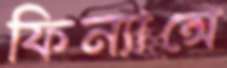
ফিন্যান্সে